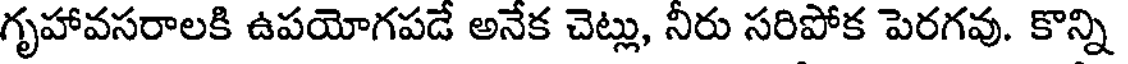
గృహావసరాలకి ఉపయోగపడే అనేక చెట్లు, నీరు సరిపోక పెరగవు. కొన్ని